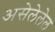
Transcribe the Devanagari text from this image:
असेलेलेल